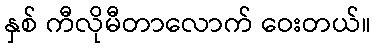
နှစ် ကီလိုမီတာလောက် ဝေးတယ်။